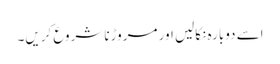
اسے دوبارہ نکالیں اور مروڑنا شروع کریں۔